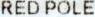
RED POLE